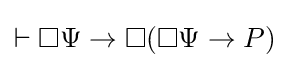
\vdash \Box \Psi \rightarrow \Box (\Box \Psi \rightarrow P)